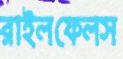
রাইলফেলস